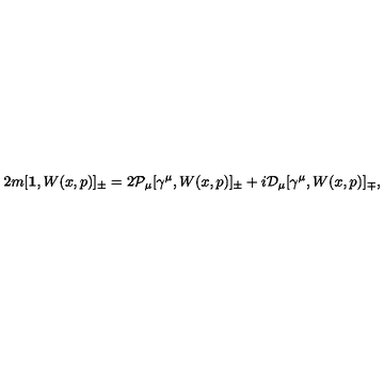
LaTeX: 2 m [ { \bf 1 } , W ( x , p ) ] _ { \pm } = 2 { \mathcal P } _ { \mu } [ \gamma ^ { \mu } , W ( x , p ) ] _ { \pm } + i { \mathcal D } _ { \mu } [ \gamma ^ { \mu } , W ( x , p ) ] _ { \mp } ,